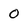
Character: 0